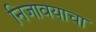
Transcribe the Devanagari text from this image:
निजावयाचा